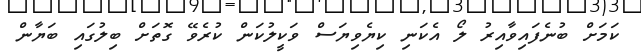
ކަމަށް ބުނެފައިވާއިރު ލޯ އެކަނި ކިޔެވިޔަސް ވަކީލުކަން ކުރެވޭ ގޮތަށް ބިލުގައި ބަޔާން